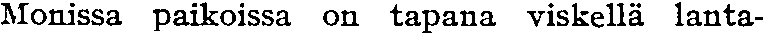
Monissa paikoissa on tapana viskellä lanta-